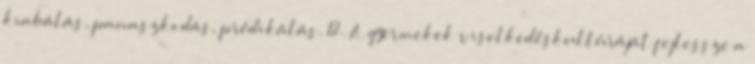
kiabálás, panaszkodás, prédikálás. 12. A gyermekek viselkedéskultúráját fejlessze a